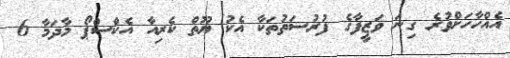
އެއްހާހަށްވުރެ ގިނަ ވަޒީފާގެ ފުރުސަތުތަކާ އެކު ޔޫތް ކެރިއާ އެކްސްޕޯ މާދަމާ 6